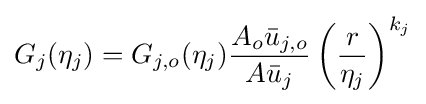
G_{j}(\eta _{j})=G_{j,o}(\eta _{j}){\frac {A_{o}{\bar {u}}_{j,o}}{A{\bar {u}}_{j}}}\left({\frac {r}{\eta _{j}}}\right)^{k_{j}}